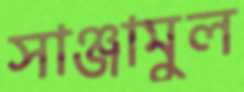
সাঞ্জামুল